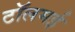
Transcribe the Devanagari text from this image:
टॉलमई